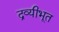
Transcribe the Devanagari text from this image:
द्रव्यीभूत